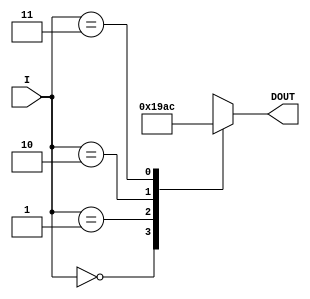
`timescale 1ns / 1ps
//////////////////////////////////////////////////////////////////////////////////
// Company: 
// Engineer: 
// 
// Design Name: 
// Module Name:    array_P_ROM 
// Project Name: 
// Target Devices: 
// Tool versions: 
// Description: 
//
// Dependencies: 
//
// Revision: 
// Revision 0.01 - File Created
// Additional Comments: 
//
//////////////////////////////////////////////////////////////////////////////////
module array_P_ROM(I,DOUT);
	
	input [1:0] I;
	output [3:0] DOUT;
	reg [3:0] DOUT;
 
   always @(I)
         case (I)
            2'b00: DOUT <= 1;
            2'b01: DOUT <= 9;
            2'b10: DOUT <= 10;
            2'b11: DOUT <= 12;
            default:  DOUT <= 4'bx;
         endcase	 

endmodule